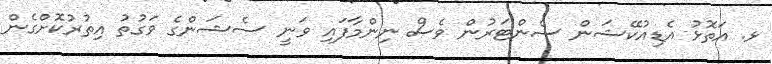
ޅ. އަތޮޅު އެޑިއުކޭޝަން ސެންޓަރުން ވެސް ނިންމާފައި ވަނީ ސެޝަންގެ ވަގުތު އިތުރުކޮށްގެން